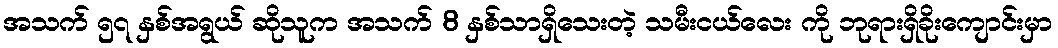
အသက် ၅၇ နှစ်အရွယ် ဆိုသူက အသက် 8 နှစ်သာရှိသေးတဲ့ သမီးငယ်လေး ကို ဘုရားရှိခိုးကျောင်းမှာ